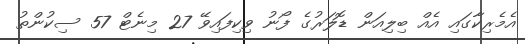
އެމެރިކާގައި އެއް ބިލިއަން ޑޮލަރުގެ ފޯނު ވިކިފައިވޭ 27 މިނެޓް 57 ސިކުންތު